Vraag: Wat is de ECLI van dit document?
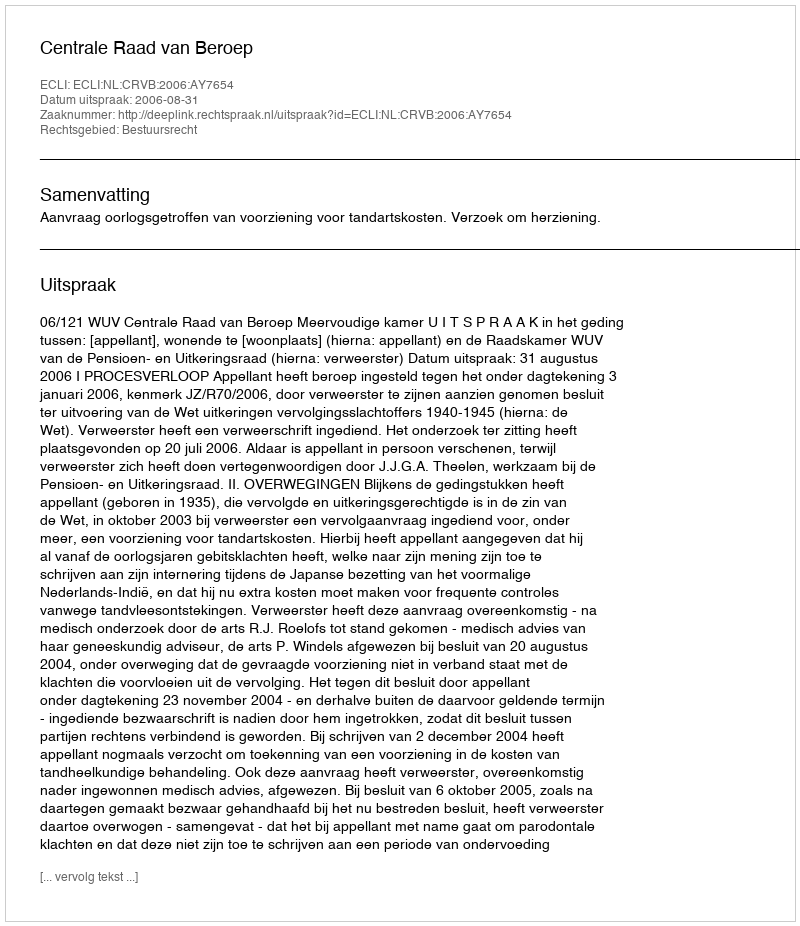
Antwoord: ECLI:NL:CRVB:2006:AY7654